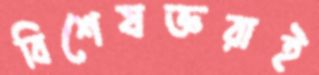
বিশেষজ্ঞরাই